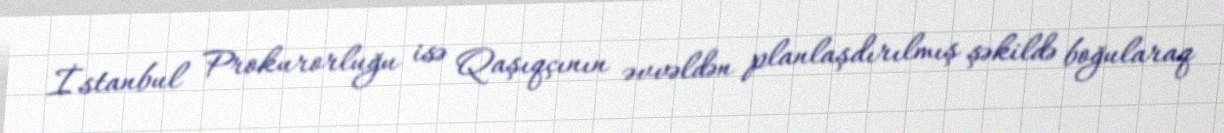
İstanbul Prokurorluğu isə Qaşıqçının əvvəldən planlaşdırılmış şəkildə boğularaq